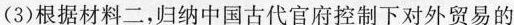
(3)根据材料二，归纳中国古代官府控制下对外贸易的